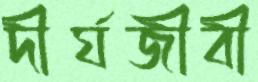
দীর্ঘজীবী